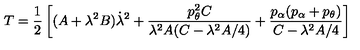
T = \frac { 1 } { 2 } \left[ ( A + \lambda ^ { 2 } B ) \dot { \lambda } ^ { 2 } + \frac { p _ { \theta } ^ { 2 } C } { \lambda ^ { 2 } A ( C - \lambda ^ { 2 } A / 4 ) } + \frac { p _ { \alpha } ( p _ { \alpha } + p _ { \theta } ) } { C - \lambda ^ { 2 } A / 4 } \right]